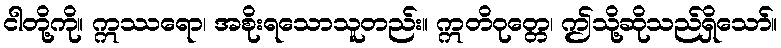
ငါတို့ကို။ ဣဿရော၊ အစိုးရသောသူတည်း။ ဣတိဝုတ္တေ၊ ဤသို့ဆိုသည်ရှိသော်။